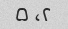
۲، ۵